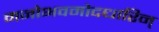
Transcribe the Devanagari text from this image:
मनोभवमोदधारिन्